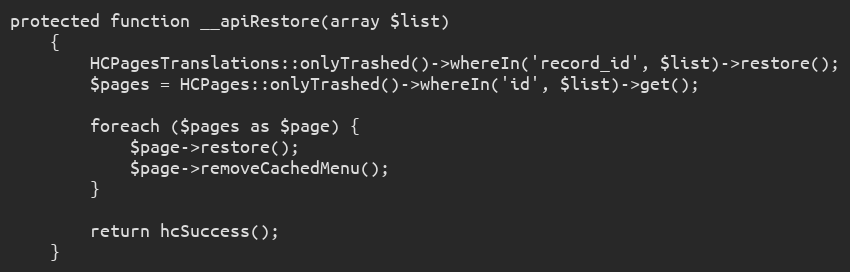
Language: PHP
protected function __apiRestore(array $list)
    {
        HCPagesTranslations::onlyTrashed()->whereIn('record_id', $list)->restore();
        $pages = HCPages::onlyTrashed()->whereIn('id', $list)->get();

        foreach ($pages as $page) {
            $page->restore();
            $page->removeCachedMenu();
        }

        return hcSuccess();
    }